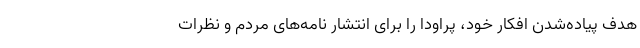
هدف پیاده‌شدن افکار خود، پراودا را برای انتشار نامه‌های مردم و نظرات